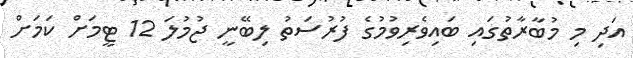
އަދި މި މުބާރާތުގައި ބައިވެރިވުމުގެ ފުރުސަތު ލިބޭނީ ޖުމުލަ 12 ޓީމަށް ކަމަށް